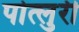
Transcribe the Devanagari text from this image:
पोत्लुरी